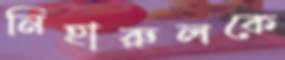
নিহারুলকে